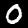
Digit: 0